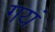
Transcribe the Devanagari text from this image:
गयं